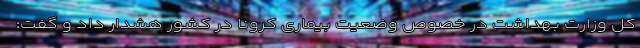
کل وزارت بهداشت در خصوص وضعیت بیماری کرونا در کشور هشدار داد و گفت: